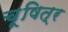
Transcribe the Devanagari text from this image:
चूषित्र